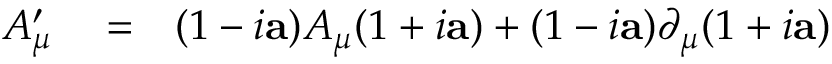
\begin{array} { r l r } { A _ { \mu } ^ { \prime } } & { { } = } & { ( 1 - i \mathbf { a } ) A _ { \mu } ( 1 + i \mathbf { a } ) + ( 1 - i \mathbf { a } ) \partial _ { \mu } ( 1 + i \mathbf { a } ) } \end{array}